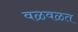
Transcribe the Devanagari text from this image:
वळवळत